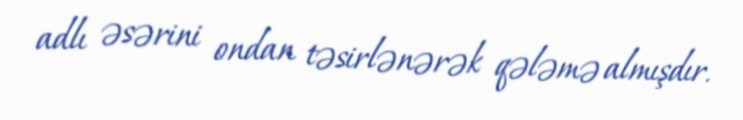
adlı əsərini ondan təsirlənərək qələmə almışdır.